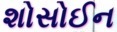
શોસોઈન